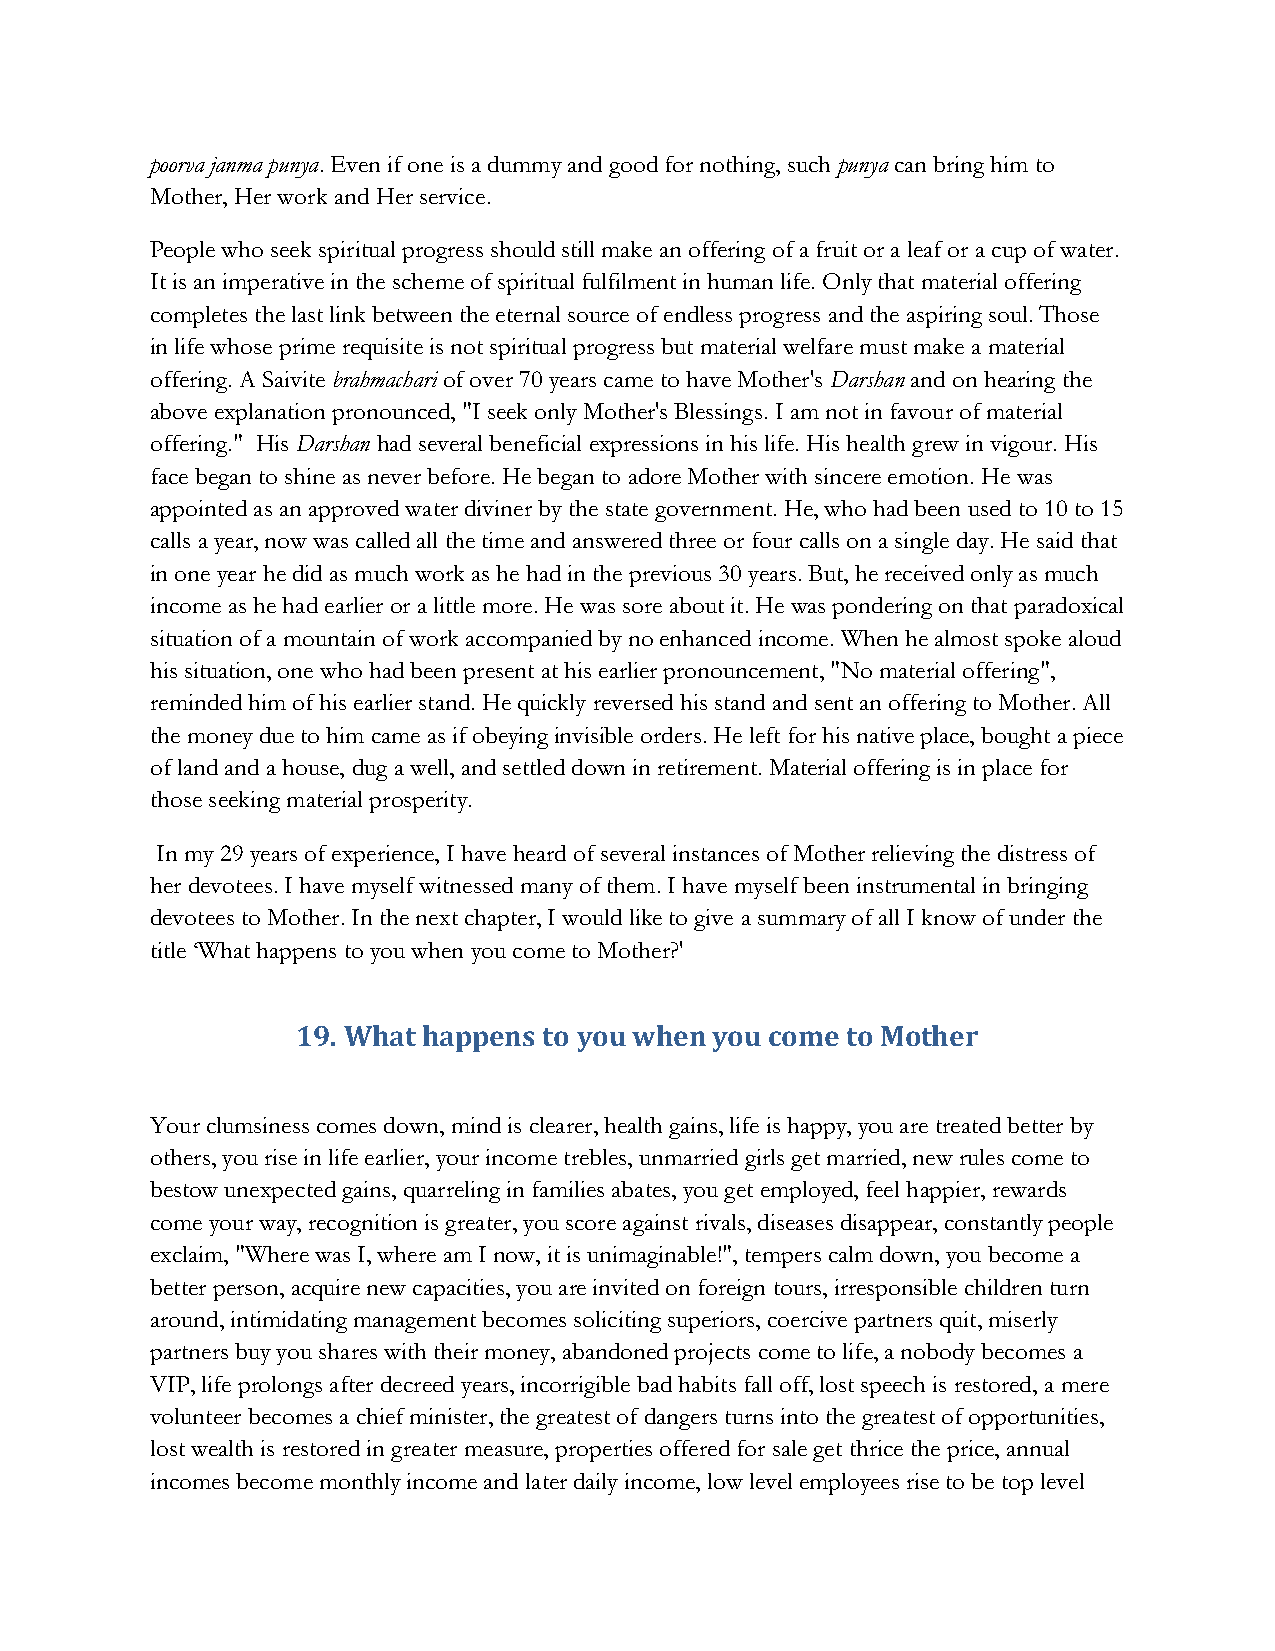
poorva janma punya. Even if one is a dummy and good for nothing, such punya can bring him to
 Mother, Her work and Her service.
 People who seek spiritual progress should still make an offering of a fruit or a leaf or a cup of water.
 It is an imperative in the scheme of spiritual fulfilment in human life. Only that material offering
 completes the last link between the eternal source of endless progress and the aspiring soul. Those
 in life whose prime requisite is not spiritual progress but material welfare must make a material
 offering. A Saivite brahmachari of over 70 years came to have Mother's Darshan and on hearing the
 above explanation pronounced, "I seek only Mother's Blessings. I am not in favour of material
 offering." His Darshan had several beneficial expressions in his life. His health grew in vigour. His
 face began to shine as never before. He began to adore Mother with sincere emotion. He was
 appointed as an approved water diviner by the state government. He, who had been used to 10 to 15
 calls a year, now was called all the time and answered three or four calls on a single day. He said that
 in one year he did as much work as he had in the previous 30 years. But, he received only as much
 income as he had earlier or a little more. He was sore about it. He was pondering on that paradoxical
 situation of a mountain of work accompanied by no enhanced income. When he almost spoke aloud
 his situation, one who had been present at his earlier pronouncement, "No material offering",
 reminded him of his earlier stand. He quickly reversed his stand and sent an offering to Mother. All
 the money due to him came as if obeying invisible orders. He left for his native place, bought a piece
 of land and a house, dug a well, and settled down in retirement. Material offering is in place for
 those seeking material prosperity.
 In my 29 years of experience, I have heard of several instances of Mother relieving the distress of
 her devotees. I have myself witnessed many of them. I have myself been instrumental in bringing
 devotees to Mother. In the next chapter, I would like to give a summary of all I know of under the
 title ‘What happens to you when you come to Mother?'
 19. What happens to you when you come to Mother
 Your clumsiness comes down, mind is clearer, health gains, life is happy, you are treated better by
 others, you rise in life earlier, your income trebles, unmarried girls get married, new rules come to
 bestow unexpected gains, quarreling in families abates, you get employed, feel happier, rewards
 come your way, recognition is greater, you score against rivals, diseases disappear, constantly people
 exclaim, "Where was I, where am I now, it is unimaginable!", tempers calm down, you become a
 better person, acquire new capacities, you are invited on foreign tours, irresponsible children turn
 around, intimidating management becomes soliciting superiors, coercive partners quit, miserly
 partners buy you shares with their money, abandoned projects come to life, a nobody becomes a
 VIP, life prolongs after decreed years, incorrigible bad habits fall off, lost speech is restored, a mere
 volunteer becomes a chief minister, the greatest of dangers turns into the greatest of opportunities,
 lost wealth is restored in greater measure, properties offered for sale get thrice the price, annual
 incomes become monthly income and later daily income, low level employees rise to be top level